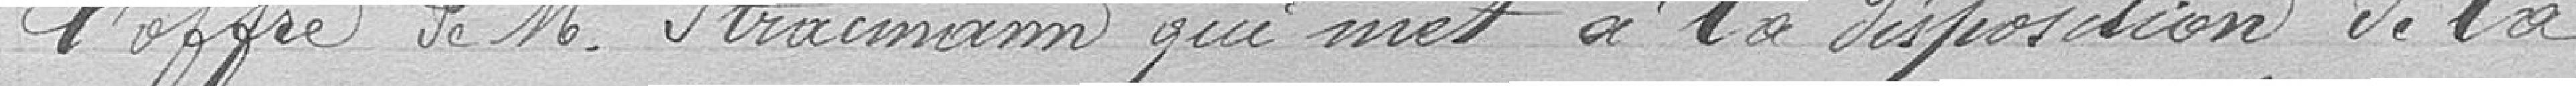
l'offre de monsieur Stractman, qui met à la disposition de la